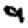
Digit: 9